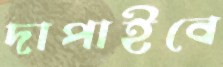
দাপাইবে